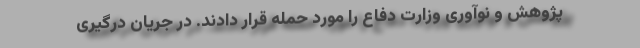
پژوهش و نوآوری وزارت دفاع را مورد حمله قرار دادند. در جریان درگیری